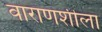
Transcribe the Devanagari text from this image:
वाराणशीला